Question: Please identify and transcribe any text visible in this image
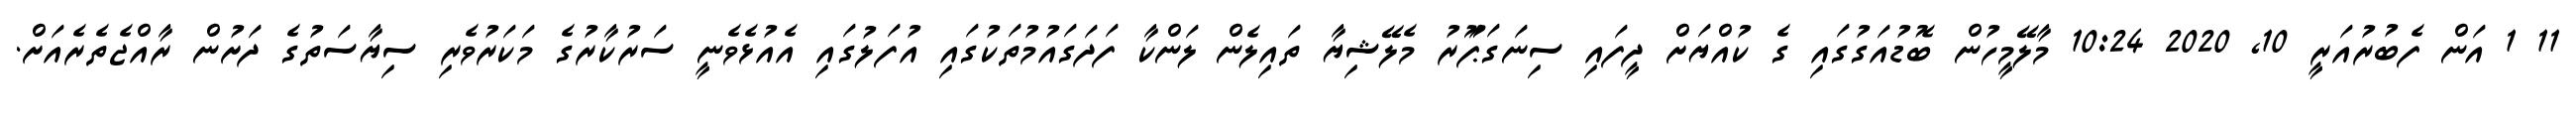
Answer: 11 1 އަން ފެބުރުއަރީ 10, 2020 10:24 މާލޭމީހުން ބޮޑުއަގުގައި ގެ ކުއްޔަށް ދީފައި ސިނަގަޕަޫރު މެލޭޝިޔާ ތައިލެން ލަންކާ ފަދަގައުމުތަކުގައި އުފަލުގައި އެއުޅެވެނީ ސަރުކާރުގެ މަކަރުވެރި ސިޔާސަތުގެ ދަށުން ރާއްޖެތެރެއަށް.